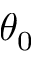
\theta _ { 0 }